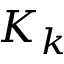
K _ { k }